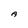
Character: A